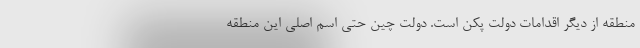
منطقه از دیگر اقدامات دولت پکن است. دولت چین حتی اسم اصلی این منطقه